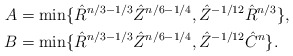
\begin{align*}A&=\min\{\hat R^{n/3-1/3}\hat Z^{n/6-1/4}, \hat Z^{-1/12}\hat R^{n/3}\},\\B&=\min\{\hat R^{n/3-1/3}\hat Z^{n/6-1/4}, \hat Z^{-1/12}\hat C^{n}\}.\end{align*}